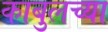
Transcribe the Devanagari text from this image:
काबुलच्या